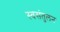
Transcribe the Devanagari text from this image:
स्वसंतुलन